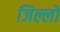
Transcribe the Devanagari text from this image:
जिल्लो